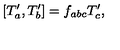
\lbrack T _ { a } ^ { \prime } , T _ { b } ^ { \prime } ] = f _ { a b c } T _ { c } ^ { \prime } ,